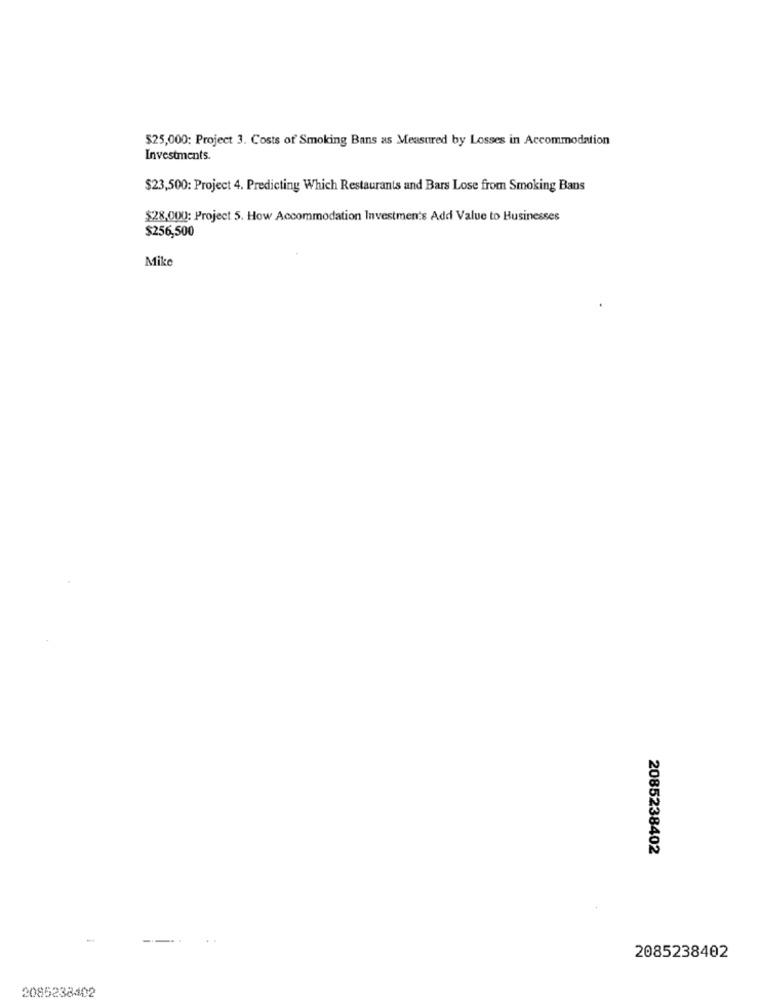
$25,000: Project 3. Costs of Smoking Bans as Measured by Losses in Accommodation
Investments.
$23,500: Project 4. Predicting Which Restaurants and Bars Lose from Smoking Bans
$28,000: Project 5. How Accommodation Investments Add Value to Businesses
$256,500
Mike
2085238402
2085238402
2085238402